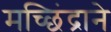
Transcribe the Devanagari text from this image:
मच्छिंद्राने